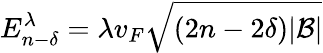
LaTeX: E_{n-\delta}^{\lambda}=\lambda v_{F}\sqrt{(2n-2\delta)|\mathcal{B}|}